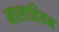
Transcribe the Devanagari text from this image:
मालावियन